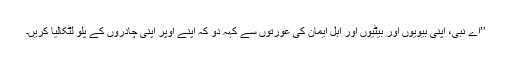
’’اے نبیؐ، اپنی بیویوں اور بیٹیوں اور اہلِ ایمان کی عورتوں سے کہہ دو کہ اپنے اوپر اپنی چادروں کے پلّو لٹکالیا کریں۔